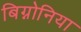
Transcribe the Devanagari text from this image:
बिग्नोनिया